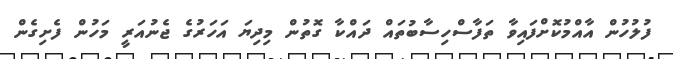
ފުލުހުން އާއްމުކޮށްފައިވާ ތަފާސްހިސާބުތައް ދައްކާ ގޮތުން މިދިޔަ އަހަރުގެ ޖެނުއަރީ މަހުން ފެށިގެން